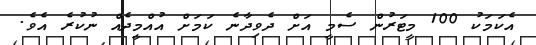
އެކަމަކު 100 މީޓަރުން ސެމީ އަށް ދެވިދާނެ ކަމަށް އުއްމީދެއް ނުކުރެ އެވެ.